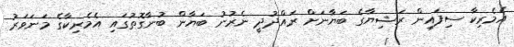
އެމެރިކާ ސިފައިން ރަޝިޔާގެ ބަޔާނަށް ރައްދުދީ ނެރުނު ބަޔާން ބުނާގޮތުގައި އެމެރިކާގެ މަނަވަރު